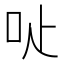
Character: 𠯬